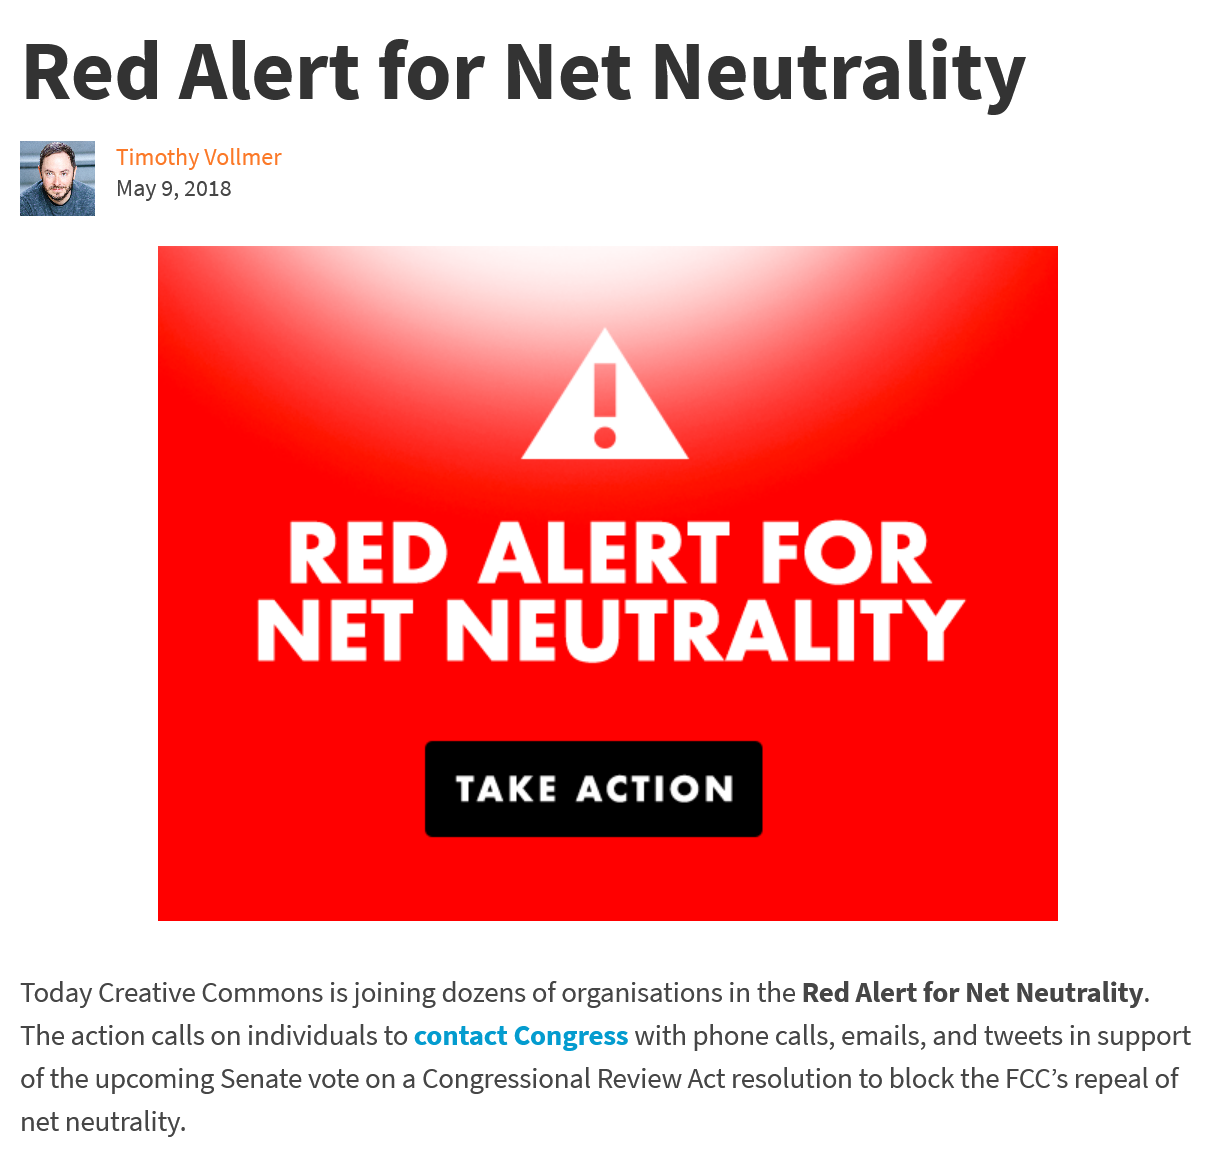
Red    Alert    for    Net    Neutrality
     Timothy Vollmer
     May 9, 2018

     RED    ALERT    FOR
     NET    NEUTRALITY
  Today Creative Commons is joining dozens of organisations in the Red Alert for Net Neutrality.
  The action calls on individuals to contact Congress with phone calls, emails, and tweets in support
  of the upcoming Senate vote on a Congressional Review Act resolution to block the FCC’s repeal of
  net neutrality.